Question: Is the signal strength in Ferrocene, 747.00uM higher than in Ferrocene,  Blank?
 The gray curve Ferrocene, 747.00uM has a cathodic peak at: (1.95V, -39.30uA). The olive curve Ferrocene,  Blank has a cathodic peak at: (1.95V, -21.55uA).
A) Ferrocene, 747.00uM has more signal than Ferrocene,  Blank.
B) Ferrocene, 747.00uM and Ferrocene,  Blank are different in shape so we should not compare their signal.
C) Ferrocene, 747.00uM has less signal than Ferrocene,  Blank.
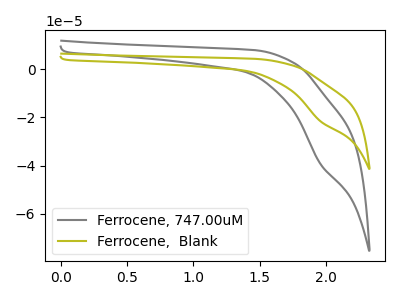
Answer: <think>All the peaks in "Ferrocene, 747.00uM" have a peak in "Ferrocene,  Blank" at the same potential. Every peak in "Ferrocene, 747.00uM" is higher than every peak in "Ferrocene,  Blank".
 </think>
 <answer>A) "Ferrocene, 747.00uM" has more signal than "Ferrocene,  Blank".</answer>
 <eval>A</eval>